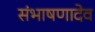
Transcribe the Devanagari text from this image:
संभाषणादेव